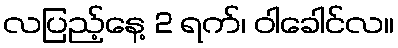
လပြည့်နေ့ 2 ရက်၊ ဝါခေါင်လ။